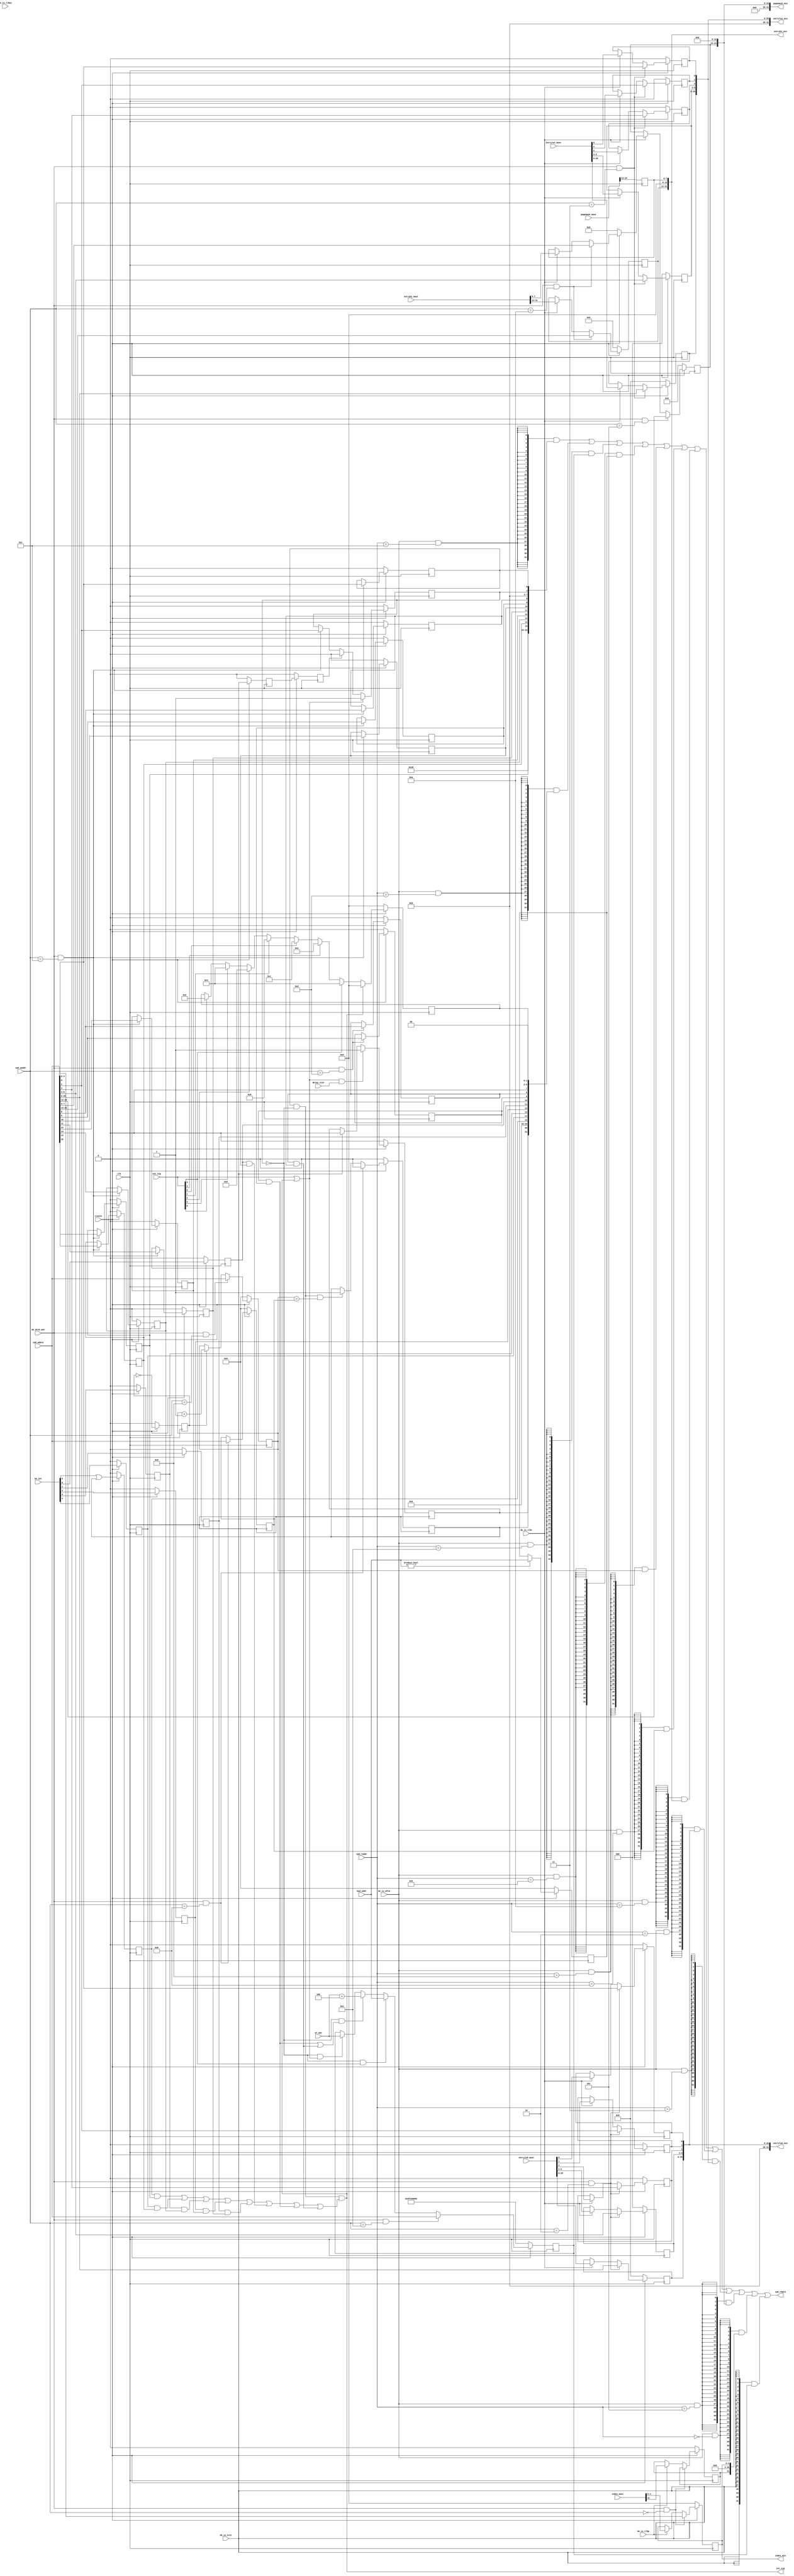
module awesome_CP0(
	input         clk,
	input         resetn,
    input  [ 4:0] cp0_waddr,
	input  [31:0] cp0_wdata,
    input  [ 4:0] cp0_raddr,
	output [31:0] cp0_rdata,

    input  [ 7:0] exc_sig,
    input         de_is_eret,
    input         de_is_mfc0,
    input         de_mtc0_wen,
    input  [31:0] wt_epc,
    input  [31:0] bad_addr,
    input         delay_slot,
    input  [5 :0] hw_int,
    output        int_sig,

    input         de_is_tlbp,
    input         de_is_tlbr,
    input         de_is_tlbwi,

    output [ 4:0] index_min,
    output [31:0] entryhi_min,
    output [31:0] entrylo0_min,
    output [31:0] entrylo1_min,
    output [31:0] pagemask_min,

    input  [31:0] index_mout,
    input  [31:0] entryhi_mout,
    input  [31:0] entrylo0_mout,
    input  [31:0] entrylo1_mout,
    input  [31:0] pagemask_mout
);

    wire [31:0] cp0_cause;
    wire [31:0] cp0_status;
    wire [31:0] cp0_epc;
    wire [31:0] cp0_compare;
    wire [31:0] cp0_count;
    wire [31:0] cp0_badvaddr;
    wire        timer_int;
    wire        exc_handler = exc_sig || int_sig;

    reg  [31:0] cp0_epc_reg;
    reg  [31:0] cp0_compare_reg;
    reg  [31:0] cp0_count_reg;
    reg  [31:0] cp0_badvaddr_reg;
    reg         de_is_eret_reg;
    reg         de_is_eret_reg2;

    always @(posedge clk) begin
        if (~resetn) begin
            de_is_eret_reg  <= 1'b0;
            de_is_eret_reg2 <= 1'b0;
        end else begin
            de_is_eret_reg  <= de_is_eret;
            de_is_eret_reg2 <= de_is_eret_reg;
        end
    end

    //#12 status
    wire status_CU0 = 1'b0;
    wire status_BEV = 1'b1;
    reg  status_IM7;
    reg  status_IM6;
    reg  status_IM5;
    reg  status_IM4;
    reg  status_IM3;
    reg  status_IM2;
    reg  status_IM1;
    reg  status_IM0;
    reg  status_EXL;
    reg  status_IE;

    assign cp0_status = {3'b0, status_CU0, 5'b0, status_BEV, 6'b0, status_IM7,
                         status_IM6, status_IM5, status_IM4, status_IM3, status_IM2,
                         status_IM1, status_IM0, 6'b0, status_EXL, status_IE};
    //#13 cause
    reg        cause_BD;
    reg        cause_TI;
    reg        cause_IP7;
    reg        cause_IP6;
    reg        cause_IP5;
    reg        cause_IP4;
    reg        cause_IP3;
    reg        cause_IP2;
    reg        cause_IP1;
    reg        cause_IP0;
    reg  [4:0] cause_ExcCode;

    assign timer_int = cause_TI;
    assign cp0_cause = {cause_BD, cause_TI, 14'b0, cause_IP7, cause_IP6, cause_IP5, 
                        cause_IP4, cause_IP3, cause_IP2, cause_IP1, cause_IP0, 1'b0, 
                        cause_ExcCode, 2'b0};

    assign cp0_epc = cp0_epc_reg;
    assign cp0_compare = cp0_compare_reg;
    assign cp0_count = cp0_count_reg;
    assign cp0_badvaddr = cp0_badvaddr_reg;

    reg  [18:0] entryhi_VPN2;
    reg  [ 7:0] entryhi_ASID;
    wire [31:0] cp0_entryhi;
    assign cp0_entryhi = {entryhi_VPN2, 5'b0, entryhi_ASID};

    reg  [11:0] pagemask_mask;
    wire [31:0] cp0_pagemask;
    assign cp0_pagemask = {7'b0, pagemask_mask, 13'b0};

    reg  [19:0] entrylo0_PFN;
    reg  [ 2:0] entrylo0_C;
    reg         entrylo0_D;
    reg         entrylo0_V;
    reg         entrylo0_G;
    wire [31:0] cp0_entrylo0;
    assign cp0_entrylo0 = {6'b0, entrylo0_PFN, entrylo0_C, entrylo0_D, entrylo0_V, entrylo0_G};

    reg  [19:0] entrylo1_PFN;
    reg  [ 2:0] entrylo1_C;
    reg         entrylo1_D;
    reg         entrylo1_V;
    reg         entrylo1_G;
    wire [31:0] cp0_entrylo1;
    assign cp0_entrylo1 = {6'b0, entrylo1_PFN, entrylo1_C, entrylo1_D, entrylo1_V, entrylo1_G};

    reg         index_P;
    reg  [ 4:0] index_Index;
    wire [31:0] cp0_index;
    assign cp0_index = {index_P, 26'b0, index_Index};

    assign int_sig = status_IE && (~status_EXL)
                 && (cause_IP7&&status_IM7||cause_IP6&&status_IM6
                   ||cause_IP5&&status_IM5||cause_IP4&&status_IM4
                   ||cause_IP3&&status_IM3||cause_IP2&&status_IM2
                   ||cause_IP1&&status_IM1||cause_IP0&&status_IM0);

    reg count_add_en;
    always @(posedge clk) begin
        count_add_en <= (~resetn)? 1'b0: ~count_add_en;
    end

    always @ (posedge clk) begin
        if(~resetn) begin
            status_IM7 <= 1'b0;
            status_IM6 <= 1'b0;
            status_IM5 <= 1'b0;
            status_IM4 <= 1'b0;
            status_IM3 <= 1'b0;
            status_IM2 <= 1'b0;
            status_IM1 <= 1'b0;
            status_IM0 <= 1'b0;
            status_EXL <= 1'b0;
            status_IE  <= 1'b0;
        end else begin

            if(exc_sig || int_sig) begin
                status_EXL <= 1'b1;
            end else if(de_is_eret_reg2) begin
                status_EXL <= 1'b0;
            end else if (de_mtc0_wen && cp0_waddr == 5'd12) begin
                status_EXL <= cp0_wdata[1];
            end

            if(de_mtc0_wen && cp0_waddr == 5'd12) begin
                status_IM7 <= cp0_wdata[15];
                status_IM6 <= cp0_wdata[14];
                status_IM5 <= cp0_wdata[13];
                status_IM4 <= cp0_wdata[12];
                status_IM3 <= cp0_wdata[11];
                status_IM2 <= cp0_wdata[10];
                status_IM1 <= cp0_wdata[ 9];
                status_IM0 <= cp0_wdata[ 8];
                status_IE  <= cp0_wdata[ 0];
            end

        end
        
        if(~resetn)
            cause_TI <= 1'b0;
        else if(de_mtc0_wen && cp0_waddr == 5'd11)
            cause_TI <= 1'b0;
        else if(~status_EXL && status_IE && cp0_count == cp0_compare)
            cause_TI <= 1'b1; 

        if(~resetn) begin
            cause_BD  <= 1'b0;
            cause_TI  <= 1'b0;
            cause_IP7 <= 1'b0;
            cause_IP6 <= 1'b0;
            cause_IP5 <= 1'b0;
            cause_IP4 <= 1'b0;
            cause_IP3 <= 1'b0;
            cause_IP2 <= 1'b0;
            cause_IP1 <= 1'b0;
            cause_IP0 <= 1'b0;
            cause_ExcCode <= 5'b0;
        end else begin
            if(de_mtc0_wen && cp0_waddr == 5'd13) begin
                //cause_TI  <= cp0_wdata[30];
                cause_IP1 <= cp0_wdata[9];
                cause_IP0 <= cp0_wdata[8];
                cause_ExcCode <= cp0_wdata[6:2];
            end
            cause_ExcCode <= (int_sig)? 5'h0:
                             (exc_sig[4])? 5'h4:
                             (exc_sig[3])? 5'ha:
                             (exc_sig[0])? 5'hc:
                             (exc_sig[1])? 5'h8:
                             (exc_sig[2])? 5'h9:
                             (exc_sig[5])? 5'h4:
                             (exc_sig[6])? 5'h5:cause_ExcCode;

            if((exc_sig || int_sig) && delay_slot) begin
                cause_BD <= 1'b1;
            end else if(de_is_eret) begin
                cause_BD <= 1'b0;
            end
            //cause_BD <= /*delay_slot*/1'b0;

            cause_IP7 <= hw_int[5] || timer_int;
            cause_IP6 <= hw_int[4];
            cause_IP5 <= hw_int[3];
            cause_IP4 <= hw_int[2];
            cause_IP3 <= hw_int[1];
            cause_IP2 <= hw_int[0];
        end

        if(~resetn) begin
            cp0_epc_reg <= 32'hbfc00000;
        end else begin
            if(de_mtc0_wen && cp0_waddr == 5'd14)
                cp0_epc_reg <= cp0_wdata;
            else if(~status_EXL&&(exc_sig[4]))
                cp0_epc_reg <= bad_addr;
            else if(~status_EXL&&(cause_IP1&&status_IM1||cause_IP0&&status_IM0))
                cp0_epc_reg <= wt_epc+4;
            else if(~status_EXL&&(exc_sig || int_sig))
                cp0_epc_reg <= wt_epc;
        end

        if(~resetn)
            cp0_compare_reg <= 32'h0;
        else if(de_mtc0_wen && cp0_waddr == 5'd11)
                cp0_compare_reg <= cp0_wdata;

        if(~resetn)
            cp0_count_reg <= 32'h0;
        else if(de_mtc0_wen && cp0_waddr == 5'd9)
            cp0_count_reg <= cp0_wdata;
        else if(count_add_en)
            cp0_count_reg <= cp0_count_reg + 1'b1;

        if(~resetn) begin
            cp0_badvaddr_reg <= 32'h0;
        end else begin
            cp0_badvaddr_reg <= (bad_addr)?bad_addr:cp0_badvaddr_reg;
        end

        if(~resetn) begin
            entryhi_VPN2 <= 19'b0;
            entryhi_ASID <= 8'b0;
        end else if(de_mtc0_wen && cp0_waddr == 5'd10) begin
            entryhi_VPN2 <= cp0_wdata[31:13];
            entryhi_ASID <= cp0_wdata[ 7: 0];
        end else if(de_is_tlbr) begin
        	entryhi_VPN2 <= entryhi_mout[31:13];
        	entryhi_ASID <= entryhi_mout[ 7: 0];
        end

        if(~resetn) begin
            pagemask_mask <= 12'b0;
        end else if(de_mtc0_wen && cp0_waddr == 5'd5) begin
            pagemask_mask <= cp0_wdata[24:13];
        end else if(de_is_tlbr) begin
        	pagemask_mask <= pagemask_mout[24:13];
        end

        if(~resetn) begin
            entrylo0_PFN <= 20'b0;
            entrylo0_C <= 3'b0;
            entrylo0_D <= 1'b0;
            entrylo0_V <= 1'b0;
            entrylo0_G <= 1'b0;
        end else if(de_mtc0_wen && cp0_waddr == 5'd2) begin
            entrylo0_PFN <= cp0_wdata[25:6];
            entrylo0_C <= cp0_wdata[5:3];
            entrylo0_D <= cp0_wdata[2];
            entrylo0_V <= cp0_wdata[1];
            entrylo0_G <= cp0_wdata[0];
        end else if(de_is_tlbr) begin
        	entrylo0_PFN <= entrylo0_mout[25:6];
            entrylo0_C <= entrylo0_mout[5:3];
            entrylo0_D <= entrylo0_mout[2];
            entrylo0_V <= entrylo0_mout[1];
            entrylo0_G <= entrylo0_mout[0];
        end

        if(~resetn) begin
            entrylo1_PFN <= 20'b0;
            entrylo1_C <= 3'b0;
            entrylo1_D <= 1'b0;
            entrylo1_V <= 1'b0;
            entrylo1_G <= 1'b0;
        end else if(de_mtc0_wen && cp0_waddr == 5'd3) begin
            entrylo1_PFN <= cp0_wdata[25:6];
            entrylo1_C <= cp0_wdata[5:3];
            entrylo1_D <= cp0_wdata[2];
            entrylo1_V <= cp0_wdata[1];
            entrylo1_G <= cp0_wdata[0];
        end else if(de_is_tlbr) begin
        	entrylo1_PFN <= entrylo1_mout[25:6];
            entrylo1_C <= entrylo1_mout[5:3];
            entrylo1_D <= entrylo1_mout[2];
            entrylo1_V <= entrylo1_mout[1];
            entrylo1_G <= entrylo1_mout[0];
        end

        if(~resetn) begin
            index_P <= 1'b0;
            index_Index <= 5'b0;
        end else if(de_mtc0_wen && cp0_waddr == 5'd0) begin
            index_Index <= cp0_wdata[4:0];
        end else if(de_is_tlbp) begin
        	index_Index <= index_mout[4:0];
        	index_P <= index_mout[31];
        end
    end

    assign index_min = cp0_index[4:0];
    assign entryhi_min = cp0_entryhi;
    assign entrylo0_min = cp0_entrylo0;
    assign entrylo1_min = cp0_entrylo1;
    assign pagemask_min = cp0_pagemask;

    assign cp0_rdata = ({32{de_is_mfc0 && cp0_raddr==5'd12}} & cp0_status)  |
                       ({32{de_is_mfc0 && cp0_raddr==5'd13}} & cp0_cause)   |
                       ({32{de_is_mfc0 && cp0_raddr==5'd14}} & cp0_epc)     |
                       ({32{de_is_mfc0 && cp0_raddr==5'd8 }} & cp0_badvaddr)|
                       ({32{de_is_mfc0 && cp0_raddr==5'd9 }} & cp0_count)   |
                       ({32{de_is_mfc0 && cp0_raddr==5'd11}} & cp0_compare) |
                       ({32{de_is_mfc0 && cp0_raddr==5'd10}} & cp0_entryhi) |
                       ({32{de_is_mfc0 && cp0_raddr==5'd2 }} & cp0_entrylo0)|
                       ({32{de_is_mfc0 && cp0_raddr==5'd3 }} & cp0_entrylo1)|
                       ({32{de_is_mfc0 && cp0_raddr==5'd5 }} & cp0_pagemask)|
                       ({32{de_is_mfc0 && cp0_raddr==5'd0 }} & cp0_index)   |
                       ({32{de_is_eret}} & cp0_epc);
endmodule